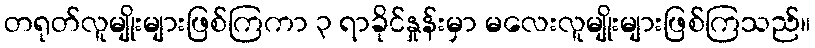
တရုတ်လူမျိုးများဖြစ်ကြကာ ၃ ရာခိုင်နှုန်းမှာ မလေးလူမျိုးများဖြစ်ကြသည်။